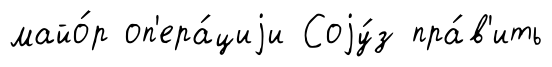
майо́р оп'ера́циjи Соjу́з пра́в'ить